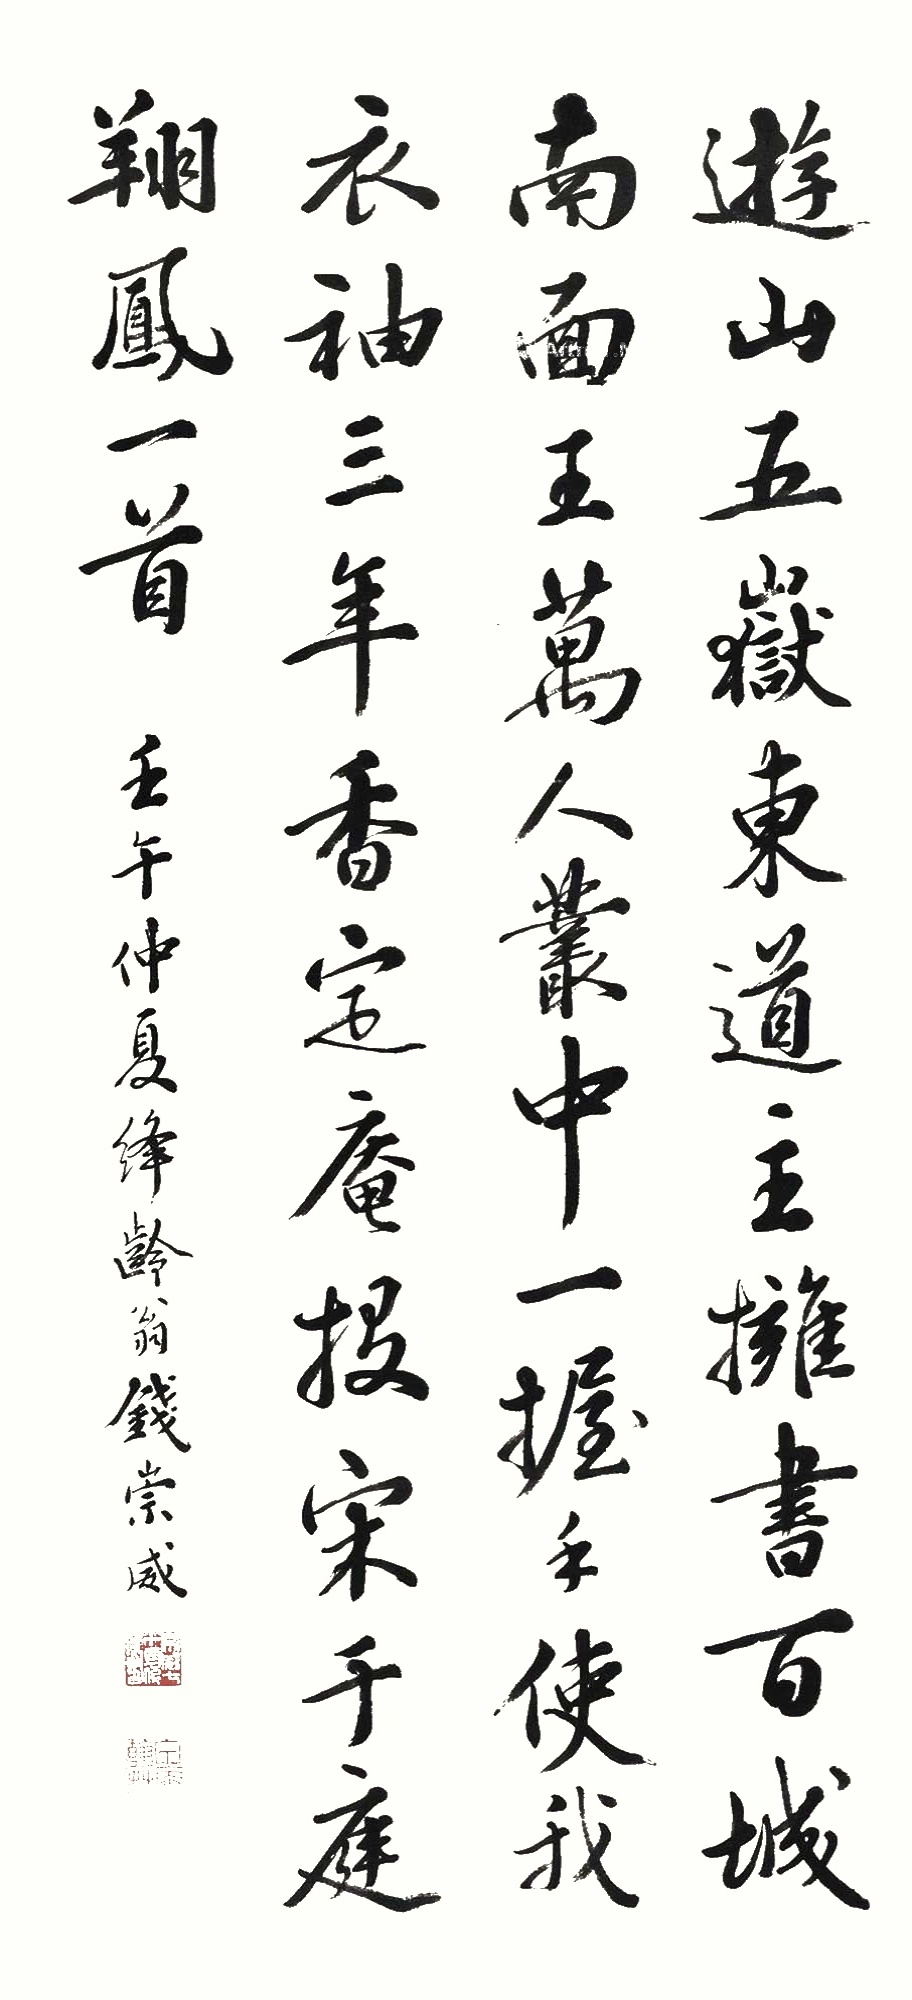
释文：游山五岳东道主，拥书百城南面王。万人丛中一握手，使我衣袖三年香。定庵投宋于庭翔凤一首。壬午仲夏，绛龄翁钱崇威。